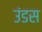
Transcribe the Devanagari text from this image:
उंडस